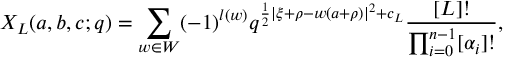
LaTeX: X _ { L } ( a , b , c ; q ) = \sum _ { w \in W } ( - 1 ) ^ { l ( w ) } q ^ { { \frac { 1 } { 2 } } | \xi + \rho - w ( a + \rho ) | ^ { 2 } + c _ { L } } { \frac { [ L ] ! } { \prod _ { i = 0 } ^ { n - 1 } [ \alpha _ { i } ] ! } } ,